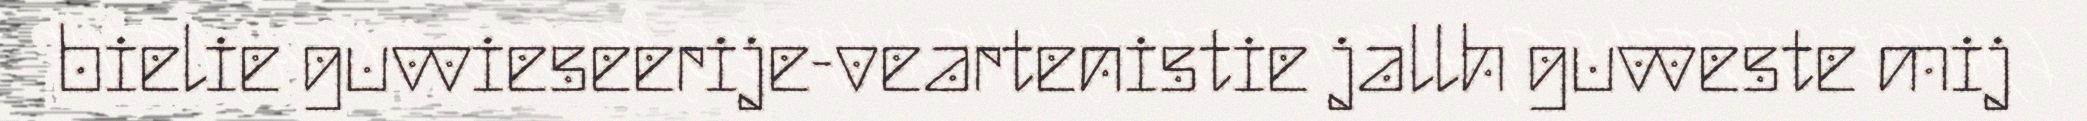
bielie guvvieseerije-veartenistie jallh guvveste mij